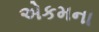
એકમના